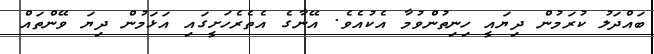
ބައްދަލު ކުރަމުން ދިޔައީ ހިނިތުންވުމާ އެކުއެވެ. އޭނާގެ އެތެރެހަށީގައި އަޅަމުން ދިޔަ ވޭންތައް